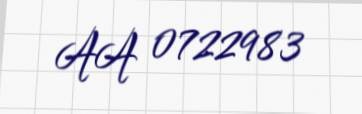
AA 0722983